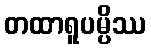
တထာရူပမ္ပိဿ